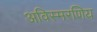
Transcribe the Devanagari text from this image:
अविस्मरणिय